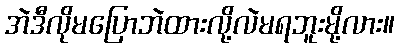
အဲဒီလိုမပြောဘဲထားလို့လဲမရဘူးမို့လား။